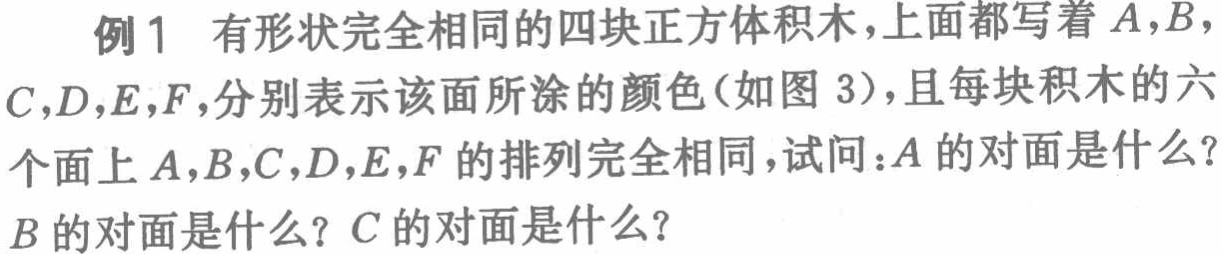
例1 有形状完全相同的四块正方体积木，上面都写着\(A,B,C,D,E,F\)，分别表示该面所涂的颜色（如图 3），且每块积木的六个面上\(A,B,C,D,E,F\)的排列完全相同，试问：\(A\)的对面是什么？\(B\)的对面是什么？\(C\)的对面是什么？